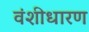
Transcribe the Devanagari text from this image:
वंशीधारण